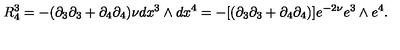
R _ { 4 } ^ { 3 } = - ( \partial _ { 3 } \partial _ { 3 } + \partial _ { 4 } \partial _ { 4 } ) \nu d x ^ { 3 } \wedge d x ^ { 4 } = - [ ( \partial _ { 3 } \partial _ { 3 } + \partial _ { 4 } \partial _ { 4 } ) ] e ^ { - 2 \nu } e ^ { 3 } \wedge e ^ { 4 } .